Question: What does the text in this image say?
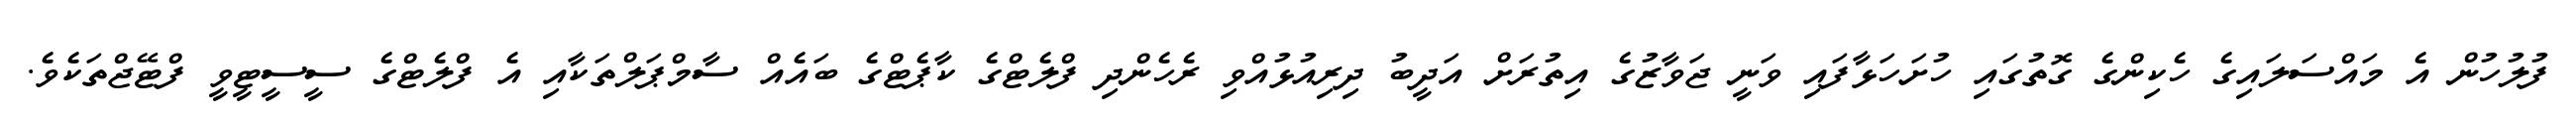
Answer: ފުލުހުން އެ މައްސަލައިގެ ހެކިންގެ ގޮތުގައި ހުށަހަޅާފައި ވަނީ ޖަވާޒުގެ އިތުރަށް އަދީބު ދިރިއުޅުއްވި ރެހެންދި ފްލެޓްގެ ކާޕެޓްގެ ބައެއް ސާމްޕަލްތަކާއި އެ ފްލެޓްގެ ސީސީޓީވީ ފްޓޭޖްތަކެވެ.